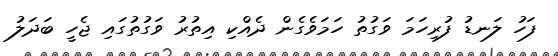
ފަހު ލަނޑު ފުރިހަމަ ވަގުތު ހަމަވެގެން ދެއްކި އިތުރު ވަގުތުގައި ޖެހީ ބަދަލު